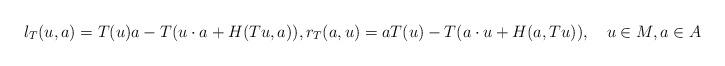
LaTeX: \begin{align*}l_T (u, a) = T(u) a - T (u \cdot a + H (Tu, a)), r_T(a, u) = a T(u) - T(a \cdot u + H(a, Tu)), ~~~ u \in M, a \in A\end{align*}